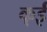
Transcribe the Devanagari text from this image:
क्ई